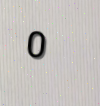
0